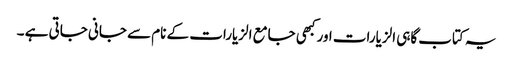
یہ کتاب گاہی الزیارات اور کبھی جامع الزیارات کے نام سے جانی جاتی ہے ۔